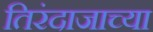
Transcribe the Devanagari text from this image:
तिरंदाजाच्या